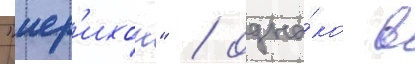
"иер'ихон" / одна́ко в